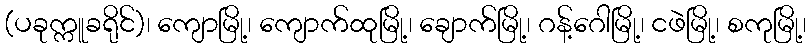
(ပခုက္ကူခရိုင်)၊ ကျောမြို့၊ ကျောက်ထုမြို့၊ ချောက်မြို့၊ ဂန့်ဂေါမြို့၊ ငဖဲမြို့၊ စကုမြို့၊